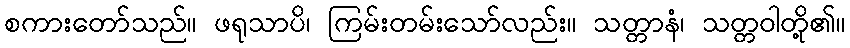
စကားတော်သည်။ ဖရုသာပိ၊ ကြမ်းတမ်းသော်လည်း။ သတ္တာနံ၊ သတ္တဝါတို့၏။